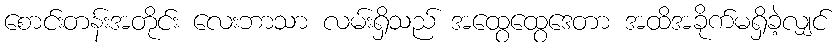
စောင်းတန်းအတိုင်း လေးဘာသာ လမ်းရှိသည် အထွေထွေဒေတာ အထိအခိုက်မရှိခဲ့လျှင်